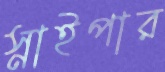
স্নাইপার